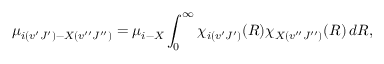
\ensuremath { \mu } _ { i ( v ^ { \prime } J ^ { \prime } ) - X ( v ^ { \prime \prime } J ^ { \prime \prime } ) } = \ensuremath { \mu } _ { i - X } \int _ { 0 } ^ { \infty } \ensuremath { \chi } _ { i ( v ^ { \prime } J ^ { \prime } ) } ( R ) \ensuremath { \chi } _ { X ( v ^ { \prime \prime } J ^ { \prime \prime } ) } ( R ) \, d R ,